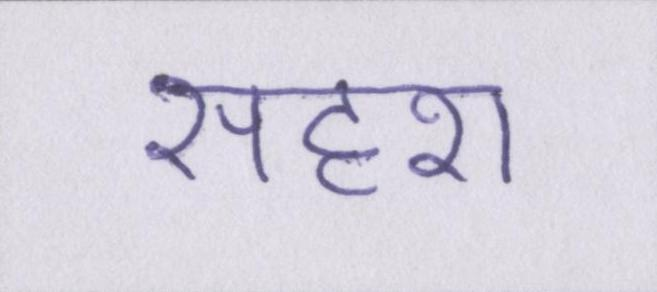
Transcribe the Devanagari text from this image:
सदृश